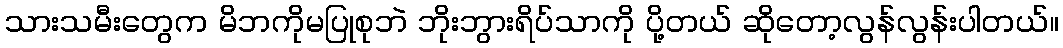
သားသမီးတွေက မိဘကိုမပြုစုဘဲ ဘိုးဘွားရိပ်သာကို ပို့တယ် ဆိုတော့လွန်လွန်းပါတယ်။